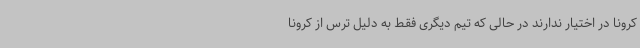
کرونا در اختیار ندارند در حالی که تیم دیگری فقط به دلیل ترس از کرونا